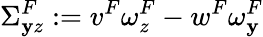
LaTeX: \Sigma_{\mathbf{y}z}^{F}:=v^{F}\omega_{z}^{F}-w^{F}\omega_{\mathbf{y}}^{F}